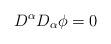
LaTeX: \begin{align*}D^{\alpha}D_{\alpha}\phi=0\end{align*}